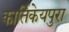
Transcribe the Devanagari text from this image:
कार्तिकेयपुरा